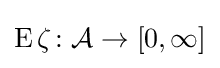
\operatorname {E} \zeta \colon {\mathcal {A}}\to [0,\infty ]